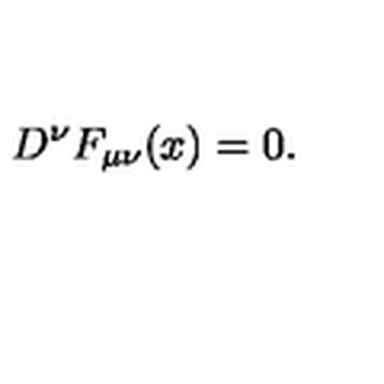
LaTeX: D ^ { \nu } F _ { \mu \nu } ( x ) = 0 .